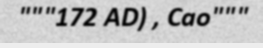
"""172 AD) , Cao"""